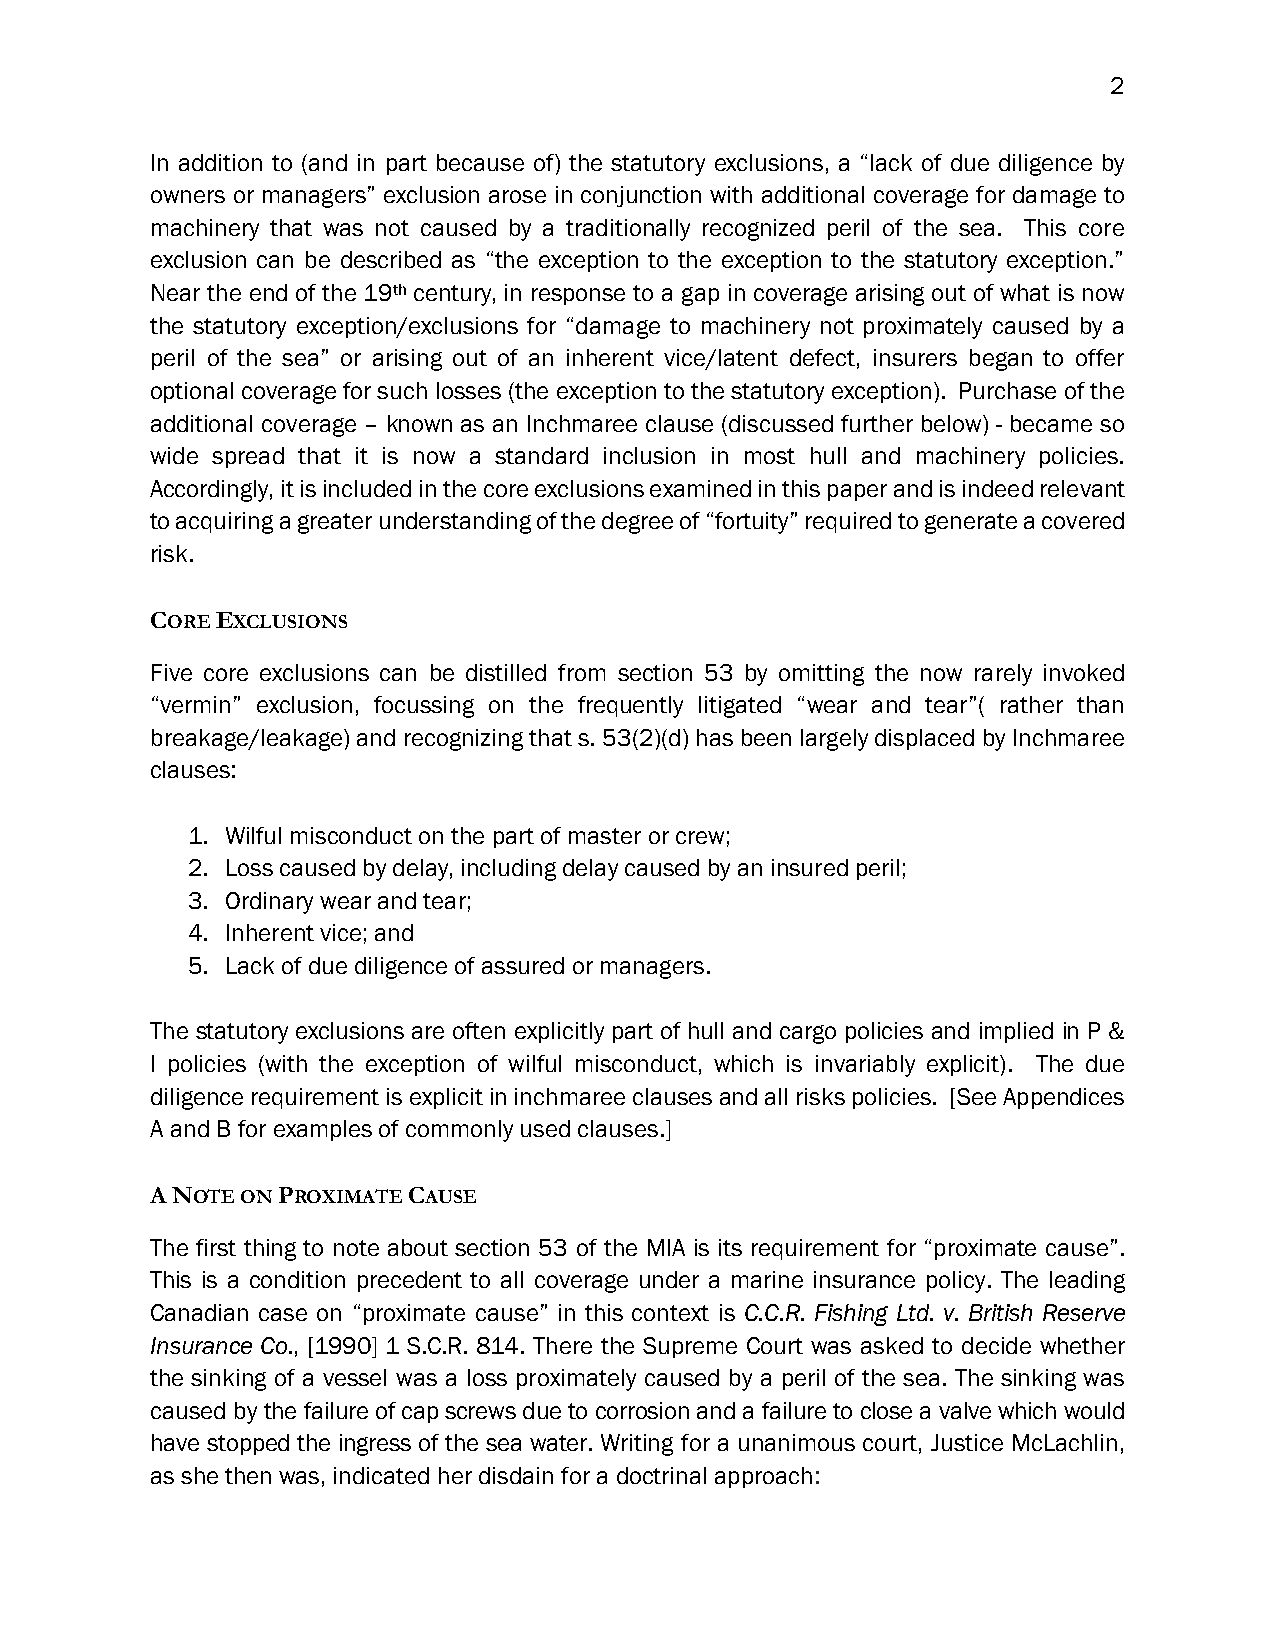
2
 In addition to (and in part because of) the statutory exclusions, a “lack of due diligence by
 owners or managers” exclusion arose in conjunction with additional coverage for damage to
 machinery that was not caused by a traditionally recognized peril of the sea. This core
 exclusion can be described as “the exception to the exception to the statutory exception.”
 Near the end of the 19th century, in response to a gap in coverage arising out of what is now
 the statutory exception/exclusions for “damage to machinery not proximately caused by a
 peril of the sea” or arising out of an inherent vice/latent defect, insurers began to offer
 optional coverage for such losses (the exception to the statutory exception). Purchase of the
 additional coverage – known as an Inchmaree clause (discussed further below) - became so
 wide spread that it is now a standard inclusion in most hull and machinery policies.
 Accordingly, it is included in the core exclusions examined in this paper and is indeed relevant
 to acquiring a greater understanding of the degree of “fortuity” required to generate a covered
 risk.
 CORE EXCLUSIONS
 Five core exclusions can be distilled from section 53 by omitting the now rarely invoked
 “vermin” exclusion, focussing on the frequently litigated “wear and tear”( rather than
 breakage/leakage) and recognizing that s. 53(2)(d) has been largely displaced by Inchmaree
 clauses:
 1. Wilful misconduct on the part of master or crew;
 2. Loss caused by delay, including delay caused by an insured peril;
 3. Ordinary wear and tear;
 4. Inherent vice; and
 5. Lack of due diligence of assured or managers.
 The statutory exclusions are often explicitly part of hull and cargo policies and implied in P &
 I policies (with the exception of wilful misconduct, which is invariably explicit). The due
 diligence requirement is explicit in inchmaree clauses and all risks policies. [See Appendices
 A and B for examples of commonly used clauses.]
 A NOTE ON PROXIMATE CAUSE
 The first thing to note about section 53 of the MIA is its requirement for “proximate cause”.
 This is a condition precedent to all coverage under a marine insurance policy. The leading
 Canadian case on “proximate cause” in this context is C.C.R. Fishing Ltd. v. British Reserve
 Insurance Co., [1990] 1 S.C.R. 814. There the Supreme Court was asked to decide whether
 the sinking of a vessel was a loss proximately caused by a peril of the sea. The sinking was
 caused by the failure of cap screws due to corrosion and a failure to close a valve which would
 have stopped the ingress of the sea water. Writing for a unanimous court, Justice McLachlin,
 as she then was, indicated her disdain for a doctrinal approach: